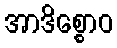
အာဒိစ္စောဝ